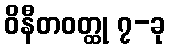
ဝိနီတဝတ္ထု ၇-ခု